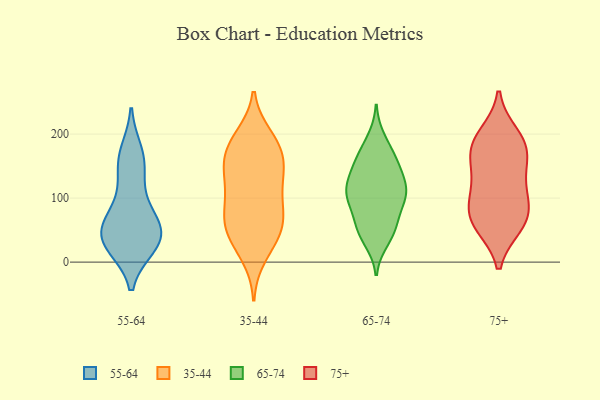
{"axis": {"x": "Customer Acquisition Cost (USD)", "y": "Value"}, "legend": ["35-44", "55-64", "65-74", "75+"], "data": [{"x": "", "y": 102, "type": "55-64"}, {"x": "", "y": 26, "type": "55-64"}, {"x": "", "y": 40, "type": "55-64"}, {"x": "", "y": 171, "type": "55-64"}, {"x": "", "y": 27, "type": "55-64"}, {"x": "", "y": 34, "type": "55-64"}, {"x": "", "y": 55, "type": "55-64"}, {"x": "", "y": 153, "type": "55-64"}, {"x": "", "y": 73, "type": "55-64"}, {"x": "", "y": 37, "type": "55-64"}, {"x": "", "y": 154, "type": "55-64"}, {"x": "", "y": 57, "type": "55-64"}, {"x": "", "y": 72, "type": "35-44"}, {"x": "", "y": 187, "type": "35-44"}, {"x": "", "y": 36, "type": "35-44"}, {"x": "", "y": 82, "type": "35-44"}, {"x": "", "y": 151, "type": "35-44"}, {"x": "", "y": 10, "type": "35-44"}, {"x": "", "y": 126, "type": "35-44"}, {"x": "", "y": 54, "type": "35-44"}, {"x": "", "y": 106, "type": "35-44"}, {"x": "", "y": 124, "type": "35-44"}, {"x": "", "y": 178, "type": "35-44"}, {"x": "", "y": 150, "type": "35-44"}, {"x": "", "y": 153, "type": "35-44"}, {"x": "", "y": 182, "type": "35-44"}, {"x": "", "y": 77, "type": "35-44"}, {"x": "", "y": 40, "type": "35-44"}, {"x": "", "y": 54, "type": "35-44"}, {"x": "", "y": 196, "type": "35-44"}, {"x": "", "y": 98, "type": "65-74"}, {"x": "", "y": 153, "type": "65-74"}, {"x": "", "y": 104, "type": "65-74"}, {"x": "", "y": 115, "type": "65-74"}, {"x": "", "y": 52, "type": "65-74"}, {"x": "", "y": 192, "type": "65-74"}, {"x": "", "y": 111, "type": "65-74"}, {"x": "", "y": 140, "type": "65-74"}, {"x": "", "y": 109, "type": "65-74"}, {"x": "", "y": 173, "type": "65-74"}, {"x": "", "y": 44, "type": "65-74"}, {"x": "", "y": 91, "type": "65-74"}, {"x": "", "y": 57, "type": "65-74"}, {"x": "", "y": 128, "type": "65-74"}, {"x": "", "y": 99, "type": "65-74"}, {"x": "", "y": 147, "type": "65-74"}, {"x": "", "y": 166, "type": "65-74"}, {"x": "", "y": 34, "type": "65-74"}, {"x": "", "y": 58, "type": "65-74"}, {"x": "", "y": 104, "type": "75+"}, {"x": "", "y": 170, "type": "75+"}, {"x": "", "y": 180, "type": "75+"}, {"x": "", "y": 72, "type": "75+"}, {"x": "", "y": 130, "type": "75+"}, {"x": "", "y": 198, "type": "75+"}, {"x": "", "y": 58, "type": "75+"}, {"x": "", "y": 104, "type": "75+"}, {"x": "", "y": 157, "type": "75+"}, {"x": "", "y": 188, "type": "75+"}, {"x": "", "y": 59, "type": "75+"}, {"x": "", "y": 70, "type": "75+"}]}